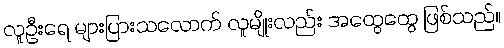
လူဦးရေ များပြားသလောက် လူမျိုးလည်း အထွေထွေ ဖြစ်သည်။